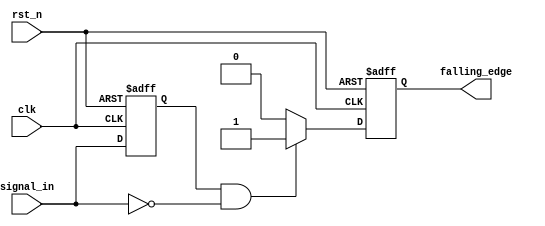
module falling_edge_detector (
    input wire clk,            // Clock input
    input wire rst_n,         // Asynchronous reset (active low)
    input wire signal_in,     // Input signal to monitor for falling edges
    output reg falling_edge    // Output signal indicating a falling edge
);

    reg signal_prev;          // Register to store the previous state of the input signal

    // Asynchronous reset and edge detection on clock's rising edge
    always @(posedge clk or negedge rst_n) begin
        if (!rst_n) begin
            signal_prev <= 1'b0;  // Initialize previous signal state to 0
            falling_edge <= 1'b0;  // Initialize falling edge output to 0
        end else begin
            // Falling edge detection logic
            falling_edge <= (signal_prev == 1'b1 && signal_in == 1'b0) ? 1'b1 : 1'b0;
            signal_prev <= signal_in;  // Update the previous signal state
        end
    end

endmodule